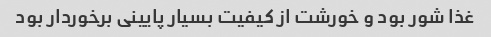
غذا شور بود و خورشت از کیفیت بسیار پایینی برخوردار بود